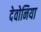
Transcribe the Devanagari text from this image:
देवोनिया